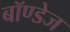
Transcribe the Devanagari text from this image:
बॉण्डेज